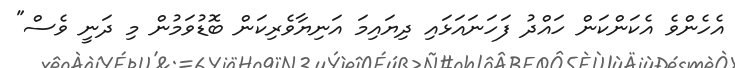
އެހެންވެ އެކަންކަން ހައްދު ފަހަނައަޅައި ދިޔައިމަ އަނިޔާވެރިކަން ބޮޑުވަމުން މި ދަނީ ވެސް"